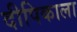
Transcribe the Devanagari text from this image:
दीपिकाला